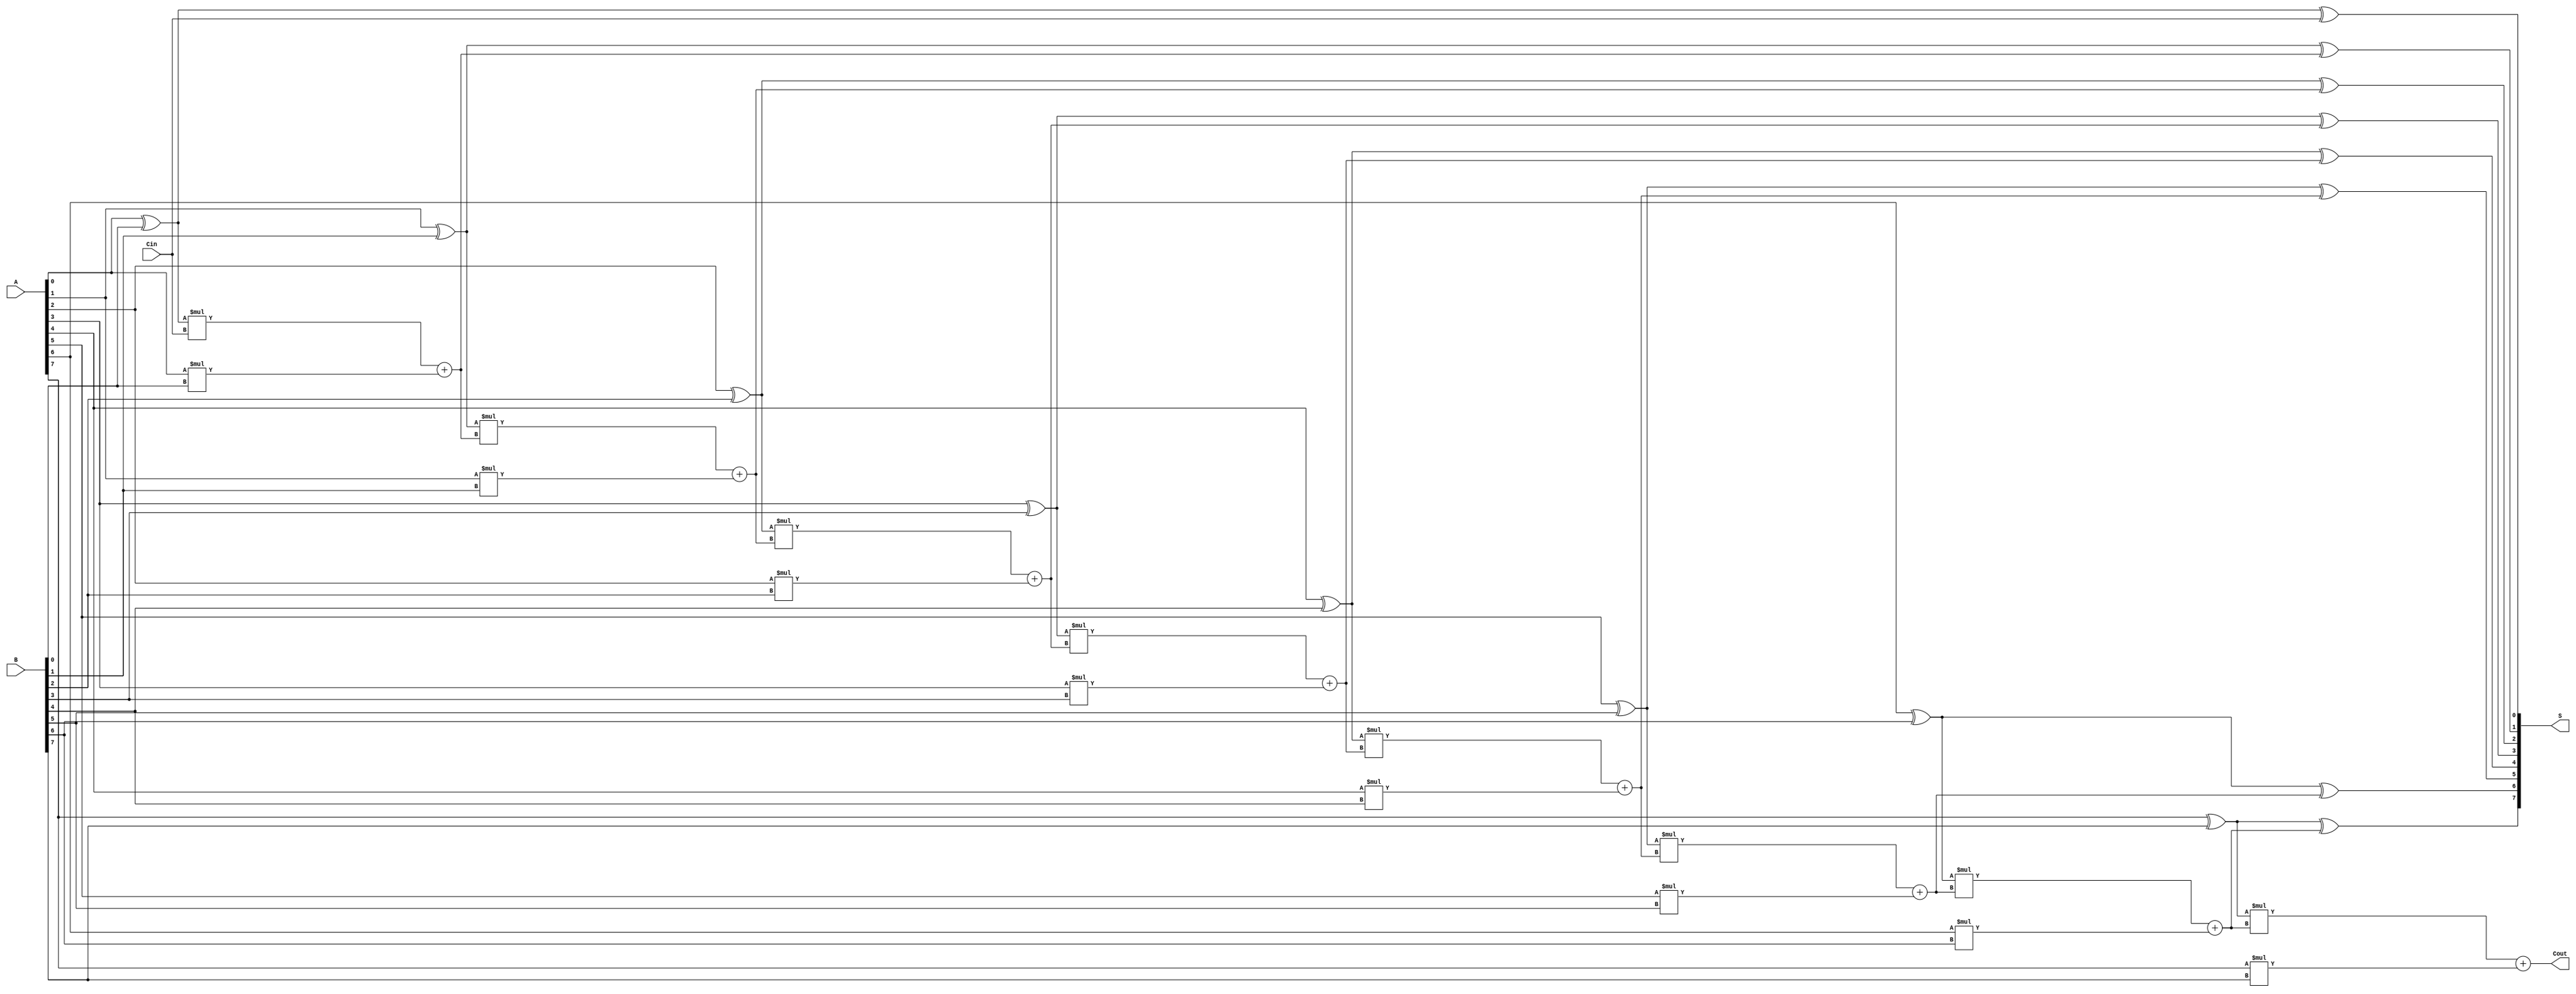
module eightBitCLA
(
	input [7:0] A,
	input [7:0] B,
	input Cin,
	output [7:0]S,
	output Cout
);

wire [7:0]P;    //propogate
wire [7:0]G;
wire [6:0]C;

//Si = ai xor bi xor ci
//Ci+1= Pi*Ci+Gi
//Pi= Ai xor Bi
//Gi = Ai*Bi



assign  S[0]= A[0] ^ B[0] ^ Cin;

assign  P[0]= A[0] ^ B[0];
assign  G[0]= A[0] * B[0];

assign  C[0]= P[0]*Cin + G[0];



assign  S[1]= A[1] ^ B[1] ^ C[0];

assign  P[1]= A[1] ^ B[1];
assign  G[1]= A[1] * B[1];

assign  C[1]= P[1]*C[0] + G[1];



assign  S[2]= A[2] ^ B[2] ^ C[1];
				
assign  P[2]= A[2] ^ B[2];
assign  G[2]= A[2] * B[2];
				
assign  C[2]= P[2]*C[1] + G[2];



assign  S[3]= A[3] ^ B[3] ^ C[2];

assign  P[3]= A[3] ^ B[3];
assign  G[3]= A[3] * B[3];

assign  C[3]= P[3]*C[2] + G[3];


assign  S[4]= A[4] ^ B[4] ^ C[3];

assign  P[4]= A[4] ^ B[4];
assign  G[4]= A[4] * B[4];

assign  C[4]= P[4]*C[3] + G[4];



assign  S[5]= A[5] ^ B[5] ^ C[4];

assign  P[5]= A[5] ^ B[5];
assign  G[5]= A[5] * B[5];

assign  C[5]= P[5]*C[4] + G[5];



assign  S[6]= A[6] ^ B[6] ^ C[5];

assign  P[6]= A[6] ^ B[6];
assign  G[6]= A[6] * B[6];

assign  C[6]= P[6]*C[5] + G[6];



assign  S[7]= A[7]^B[7]^C[6];

assign  P[7]= A[7] ^ B[7];
assign  G[7]= A[7] * B[7];

assign  Cout= P[7]*C[6] + G[7];

endmodule